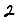
Digit: 2